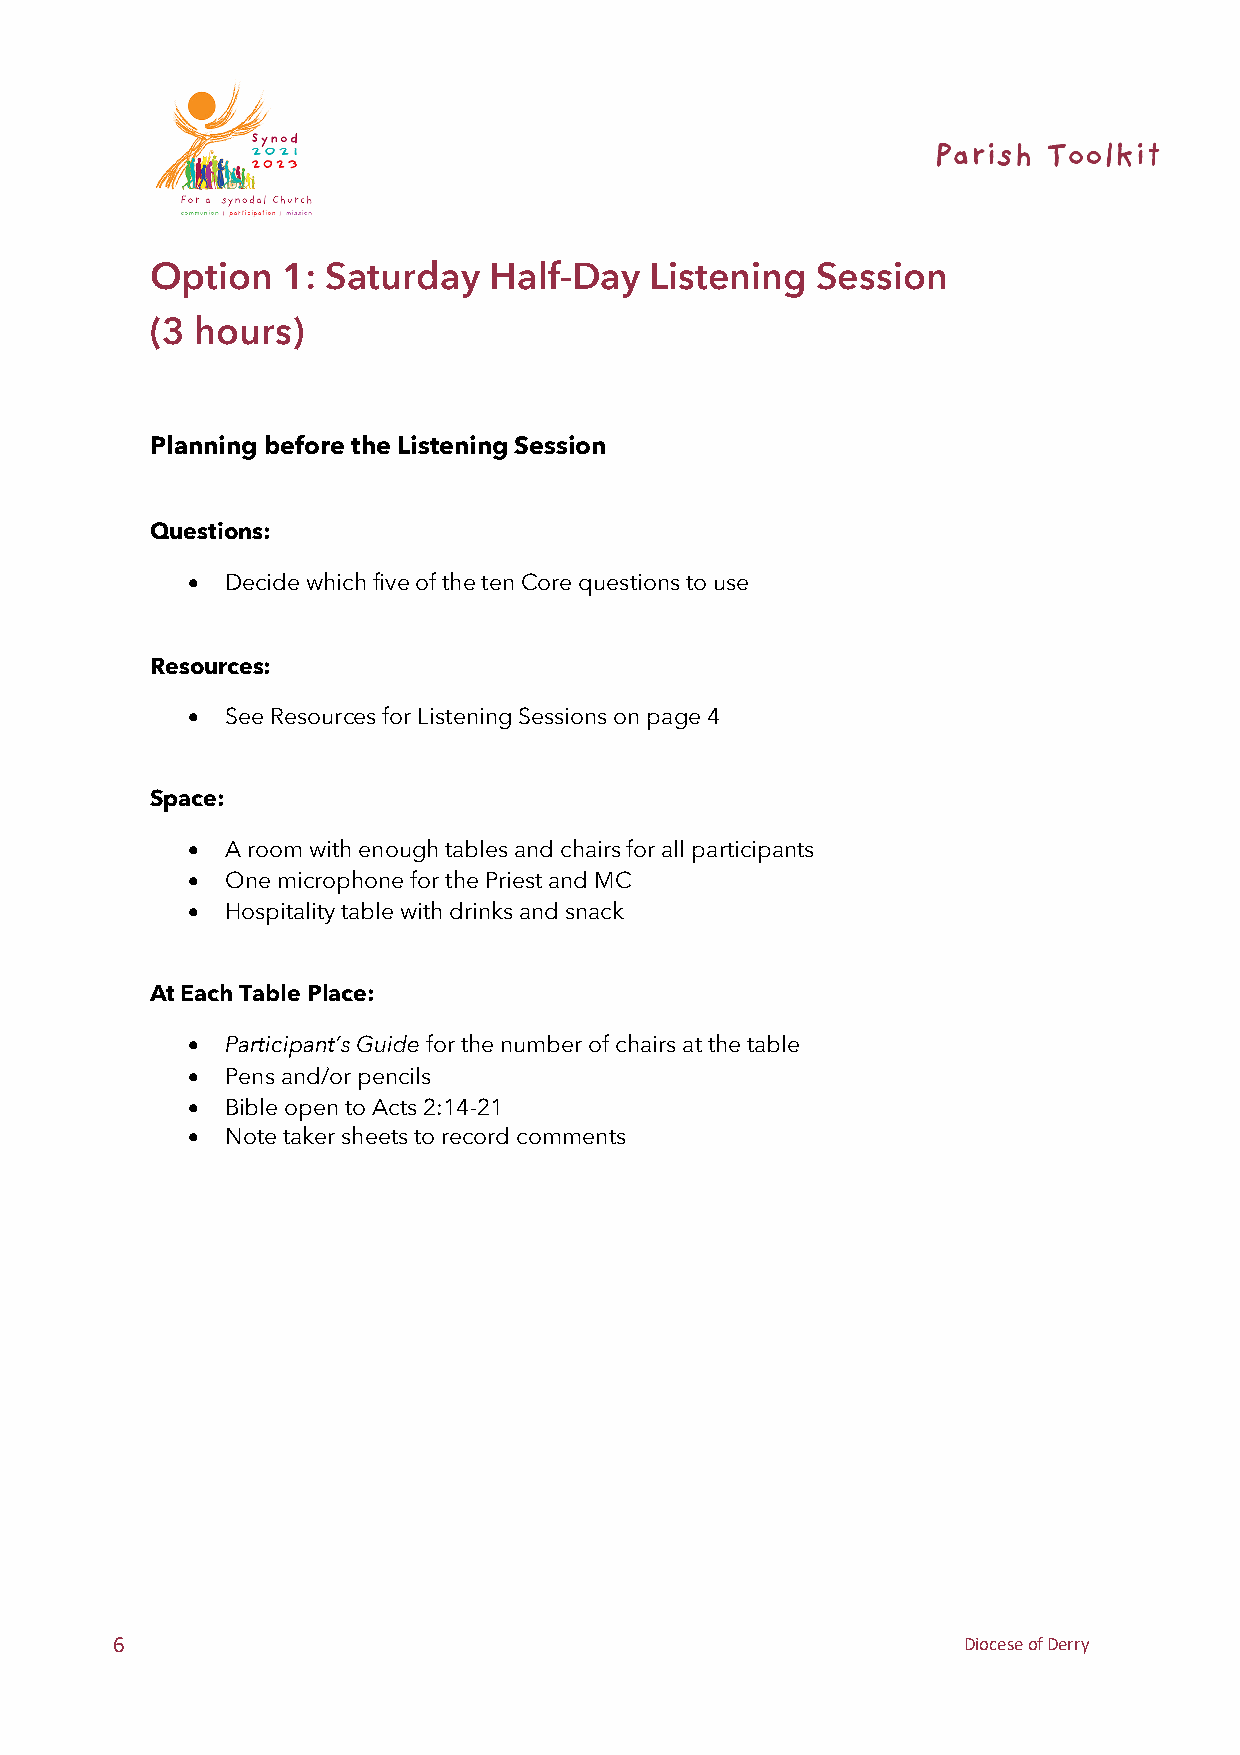
Option   1: Saturday  Half-Day   Listening  Session
 (3 hours)
 Planning before the Listening Session
 Questions:
 •  Decide which five of the ten Core questions to use
 Resources:
 •  See Resources for Listening Sessions on page 4
 Space:
 •  A room with enough tables and chairs for all participants
 •  One microphone for the Priest and MC
 •  Hospitality table with drinks and snack
 At Each Table Place:
 •  Participant’s Guide for the number of chairs at the table
 •  Pens and/or pencils
 •  Bible open to Acts 2:14-21
 •  Note taker sheets to record comments
 6                                                        Diocese of Derry